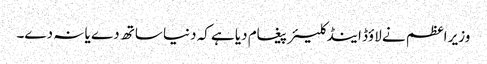
وزیر اعظم نے لاؤڈ اینڈ کلیئر پیغام دیا ہے کہ دنیا ساتھ دے یا نہ دے۔